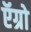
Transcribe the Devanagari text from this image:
ऍग्रो